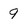
Character: 9